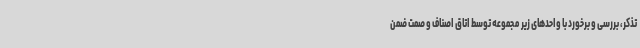
تذکر، بررسی و برخورد با واحدهای زیر مجموعه توسط اتاق اصناف و صمت ضمن